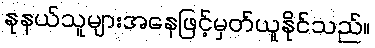
နုနယ်သူများအနေဖြင့်မှတ်ယူနိုင်သည်။